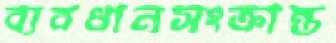
ব্যবধানসংক্রান্ত